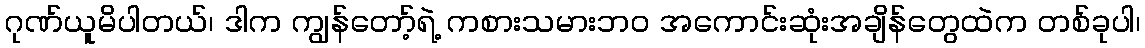
ဂုဏ်ယူမိပါတယ်၊ ဒါက ကျွန်တော့်ရဲ့ ကစားသမားဘ၀ အကောင်းဆုံးအချိန်တွေထဲက တစ်ခုပါ၊